画像に写った文字を読んでください
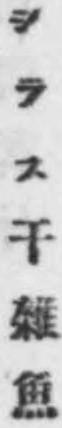
「シラス干雜魚」と書いてあります